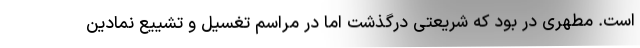
است. مطهری در بود که شریعتی درگذشت اما در مراسم تغسیل و تشییع نمادین